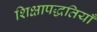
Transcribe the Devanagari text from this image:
शिक्षापद्धतियाँ